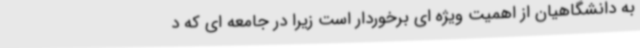
به دانشگاهیان از اهمیت ویژه ای برخوردار است زیرا در جامعه ای که د